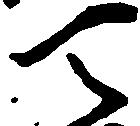
天